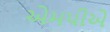
એમપીએ